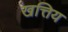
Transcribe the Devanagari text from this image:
खत्तिय